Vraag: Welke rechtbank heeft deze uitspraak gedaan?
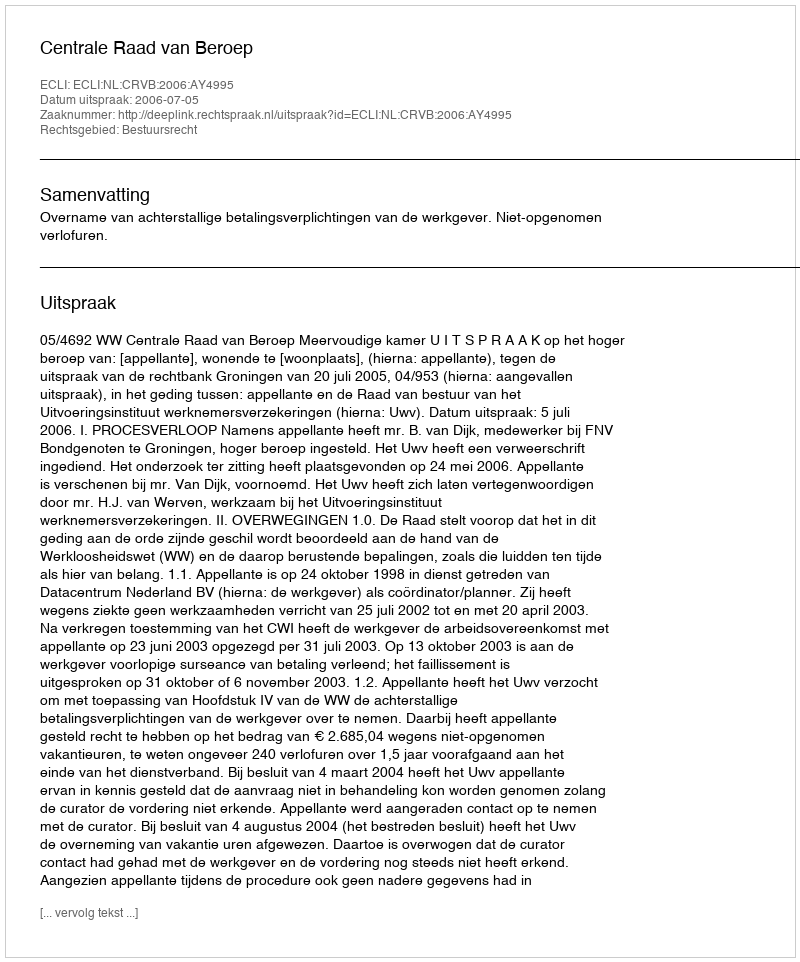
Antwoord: Centrale Raad van Beroep